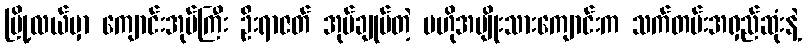
မြို့လယ်မှာ ကျောင်းအုပ်ကြီး ဦးရာဇတ် အုပ်ချုပ်တဲ့ ဗဟိုအမျိုးသားကျောင်းက သက်တမ်းအရှည်ဆုံးနဲ့